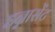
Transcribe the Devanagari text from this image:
इन्नासेंट